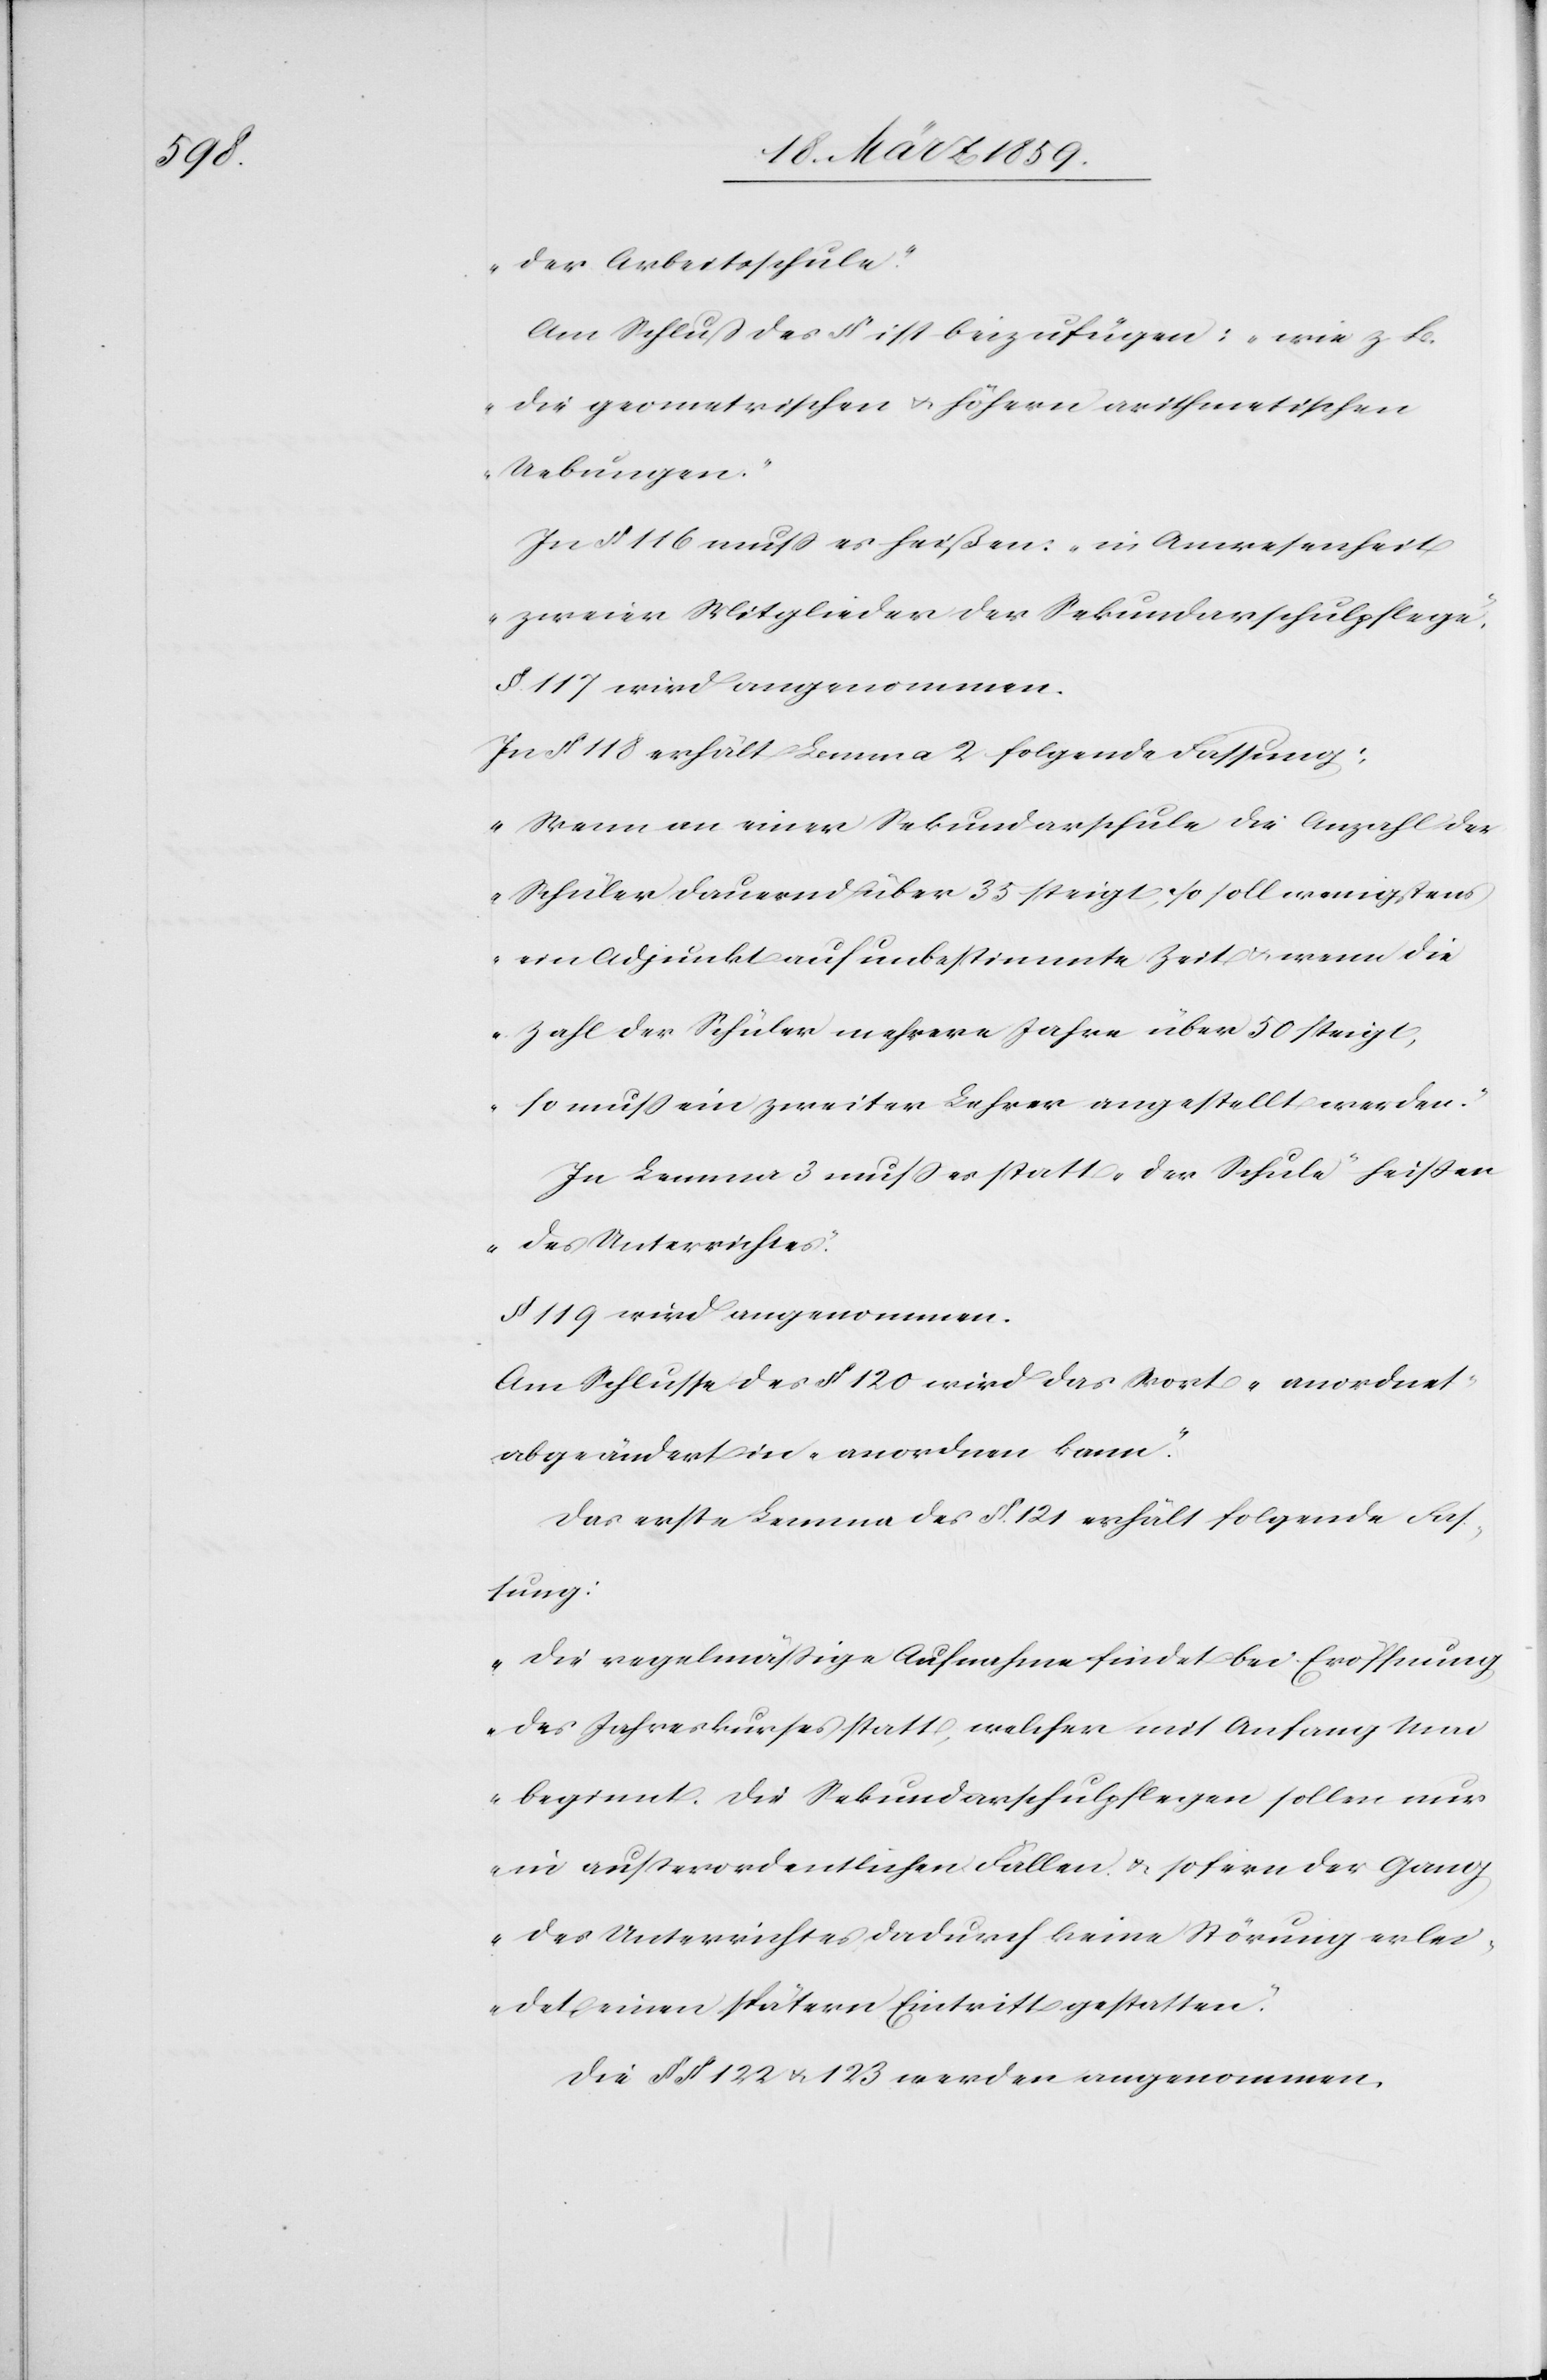
der Arbeitsschule“.
Am Schluß des § ist beizufügen: „ wie z. B.
die geometrischen u. höhern arithmetischen
Uebungen“.
In § 116 muß es heißen: „in Anwesenheit
zweier Mitglieder der Sekundarschulpflege“.
§ 117 wird angenommen.
In § 118 erhält Lemma 2 folgende Fassung:
„Wenn an einer Sekundarschule die Anzahl der
Schüler dauernd über 35 steigt, so soll wenigstens
ein Adjunkt auf unbestimmte Zeit u. wenn die
Zahl der Schüler mehrere Jahre über 50 steigt,
so muß ein zweiter Lehrer angestellt werden.“
In Lemma 3 muß es statt „der Schule“ heißen
„des Unterrichtes“.
§ 119 wird angenommen.
Am Schlusse des § 120 wird das Wort „anordnet“
abgeändert in „anordnen kann“.
Das erste Lemma des §. 121 erhält folgende Fas¬
sung:
„Die regelmäßige Aufnahme findet bei Eröffnung
des Jahreskurses statt, welcher mit Anfang Mai
beginnt. Die Sekundarschulpflegen sollen nur
in außerordentlichen Fällen u. sofern der Gang
des Unterrichtes dadurch keine Störung erlei¬
det einen spätern Eintritt gestatten.“
Die §§ 122 u 123 werden angenommen.